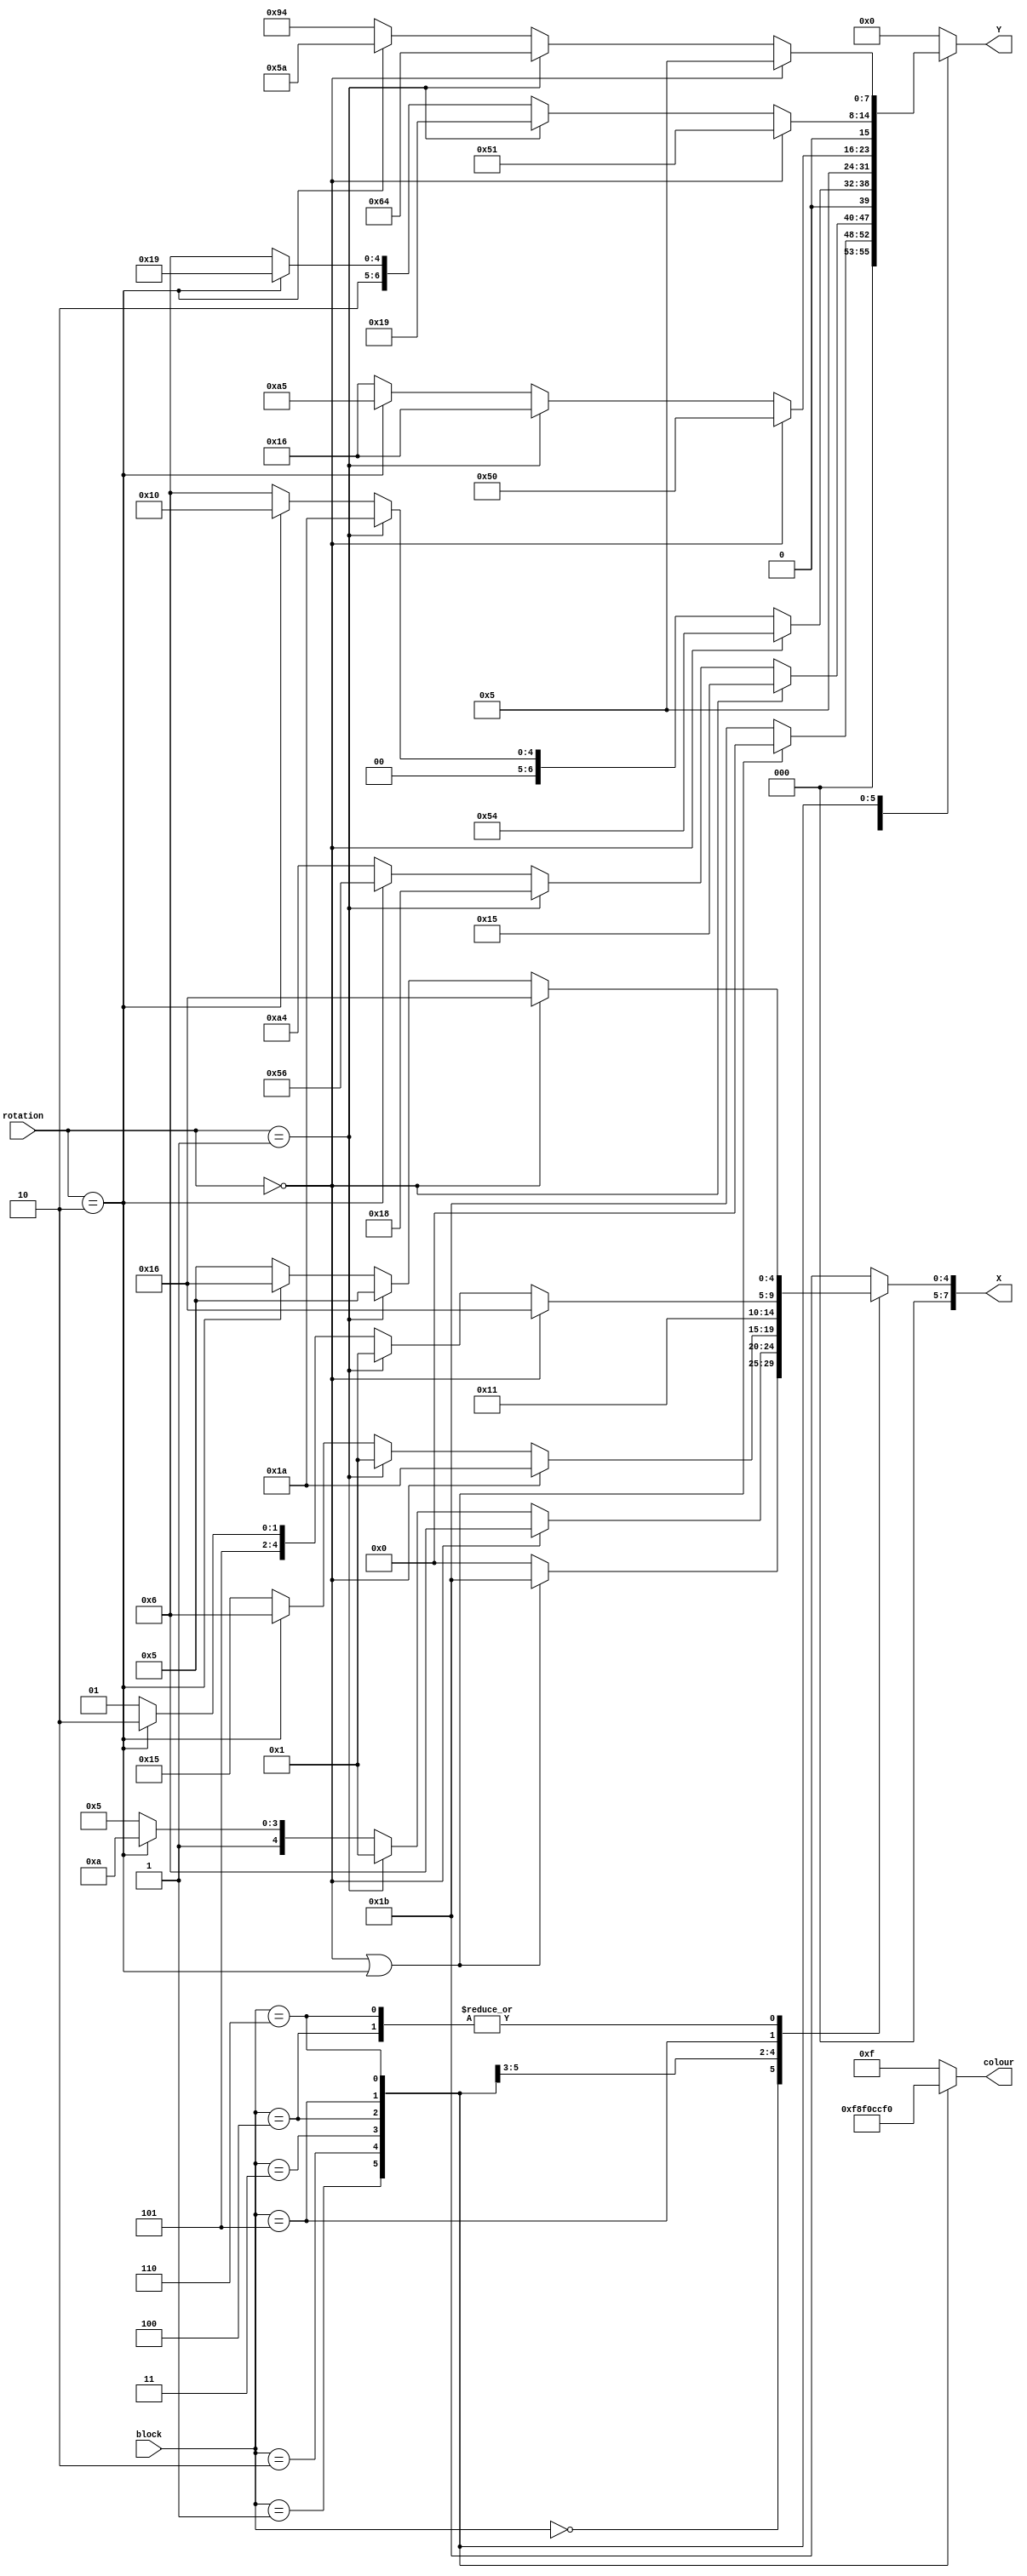
module lut
	(
		input [2:0] block, // 0 is I, 1 is J, 2 is L, 3 is O, 4 is S, 5 is T,6 is Z.
		input [1:0] rotation,
		output reg [7:0] X, // [1:0] x1, [3:2] x2, [5:4] x3, [7:6] x4
		output reg [7:0] Y, // [1:0] y1, [3:2] y2, [5:4] y3, [7:6] y4
		output reg [5:0] colour
	);
	
	always @(*) begin
		case (block)
			3'b000: begin
				colour = 6'b00_11_11;
				if (rotation == 2'b00 || rotation == 2'b10) begin
					X = 8'b00_01_10_11;
					Y = 8'b00_00_00_00;
				end
					 
				else begin
					X = 8'b00_00_00_00;
					Y = 8'b00_01_10_11;
				end
			end
			
			3'b001: begin
				colour = 6'b00_00_11;
				if (rotation == 2'b00) begin
					X = 8'b00_00_01_10;
					Y = 8'b00_01_01_01;
				end
				else if (rotation == 2'b01) begin
					X = 8'b00_00_00_01;
					Y = 8'b00_01_10_00;
				end
				else if (rotation == 2'b10) begin
					X = 8'b00_01_10_10;
					Y = 8'b01_01_01_10;
				end
				else begin
					X = 8'b00_01_01_01;
					Y = 8'b10_10_01_00;
				end
			end
			
			3'b010: begin
				colour = 6'b11_10_00;
				
				if (rotation == 2'b00) begin
					X = 8'b00_01_10_10;
					Y = 8'b01_01_01_00;
				end
				
				else if (rotation == 2'b01) begin
					X = 8'b00_00_00_01;
					Y = 8'b00_01_10_10;
				end
				
				else if (rotation == 2'b10) begin
					X = 8'b00_00_01_10;
					Y = 8'b00_01_00_00; // may be a problem
				end
				
				else begin
					X = 8'b00_01_01_01;
					Y = 8'b00_00_01_10;
				end
			end
			
			// The Square
			3'b011: begin
				X = 8'b00_01_00_01;
				Y = 8'b00_00_01_01;
				colour = 6'b11_11_00;
			end
			
			3'b100: begin
				colour = 6'b00_11_00;
				if (rotation == 2'b00) begin
					X = 8'b00_01_01_10;
					Y = 8'b01_01_00_00;
				end
				
				else if (rotation == 2'b01) begin
					X = 8'b00_00_01_01;
					Y = 8'b00_01_01_10;
				end
				
				else if (rotation == 2'b10) begin
					X = 8'b00_01_01_10;
					Y = 8'b10_10_01_01;
				end
				
				else begin
					X = 8'b00_00_01_01;
					Y = 8'b00_01_01_10;
				end	
			end
			
			
			3'b101: begin
				colour = 6'b11_00_11;
				if (rotation == 2'b00) begin
					X = 8'b00_01_01_10;
					Y = 8'b01_01_00_01;
				end
				
				else if (rotation == 2'b01) begin
					X = 8'b00_00_00_01;
					Y = 8'b00_01_10_01;
				end
				
				else if (rotation == 2'b10) begin
					X = 8'b00_01_01_10;
					Y = 8'b01_01_10_01;
				end
				
				else begin
					X = 8'b00_01_01_01;
					Y = 8'b01_00_01_10;
				end
			end

			3'b110: begin
				colour = 6'b11_00_00;
				if (rotation == 2'b00) begin
					X = 8'b00_01_01_10;
					Y = 8'b00_00_01_01;
				end
				
				else if (rotation == 2'b01) begin
					X = 8'b00_00_01_01;
					Y = 8'b01_10_01_00;
				end
				
				else if (rotation == 2'b10) begin
					X = 8'b00_01_01_10;
					Y = 8'b01_01_10_10;
				end
				
				else begin
					X = 8'b00_00_01_01;
					Y = 8'b10_01_01_00;
				end
			end
			
			default: begin
				colour = 6'b00_11_11;
				X = 8'b00_01_10_11;
				Y = 8'b00_00_00_00;
			end
		endcase
	end
endmodule